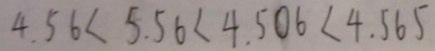
4 . 5 6 < 5 . 5 6 < 4 . 5 0 6 < 4 . 5 6 5